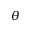
\theta